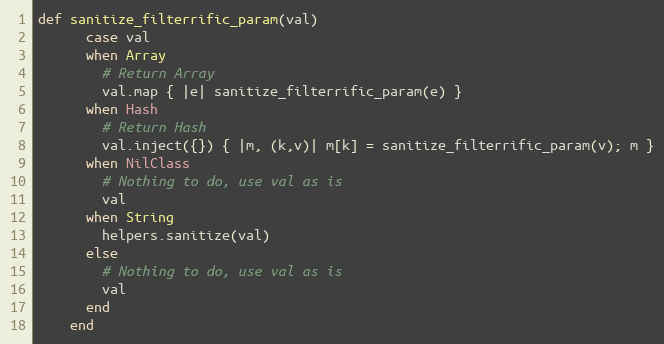
Language: Ruby
def sanitize_filterrific_param(val)
      case val
      when Array
        # Return Array
        val.map { |e| sanitize_filterrific_param(e) }
      when Hash
        # Return Hash
        val.inject({}) { |m, (k,v)| m[k] = sanitize_filterrific_param(v); m }
      when NilClass
        # Nothing to do, use val as is
        val
      when String
        helpers.sanitize(val)
      else
        # Nothing to do, use val as is
        val
      end
    end